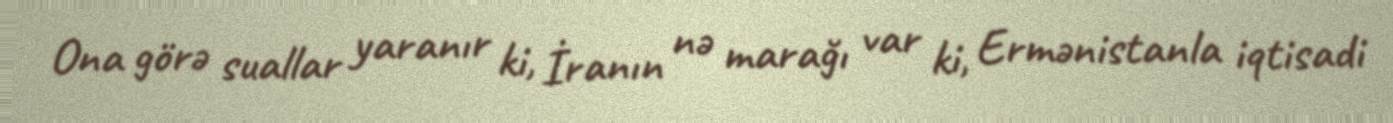
Ona görə suallar yaranır ki, İranın nə marağı var ki, Ermənistanla iqtisadi